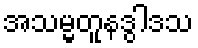
အသမ္မတူနဒွါဒသ